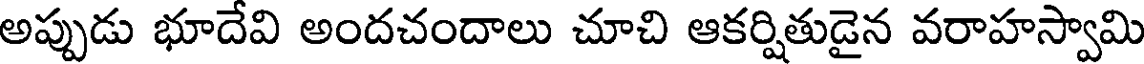
అప్పుడు భూదేవి అందచందాలు చూచి ఆకర్షితుడైన వరాహస్వామి